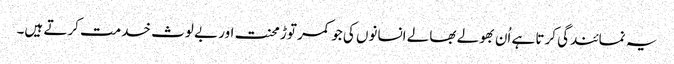
یہ نمائندگی کرتا ہے اُن بھولے بھالے انسانوں کی جو کمر توڑ محنت اور بے لوث خدمت کرتے ہیں۔